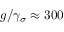
g / \gamma _ { \sigma } \approx 3 0 0